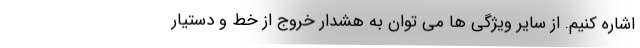
اشاره کنیم. از سایر ویژگی ها می توان به هشدار خروج از خط و دستیار